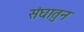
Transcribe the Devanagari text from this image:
संघातुन